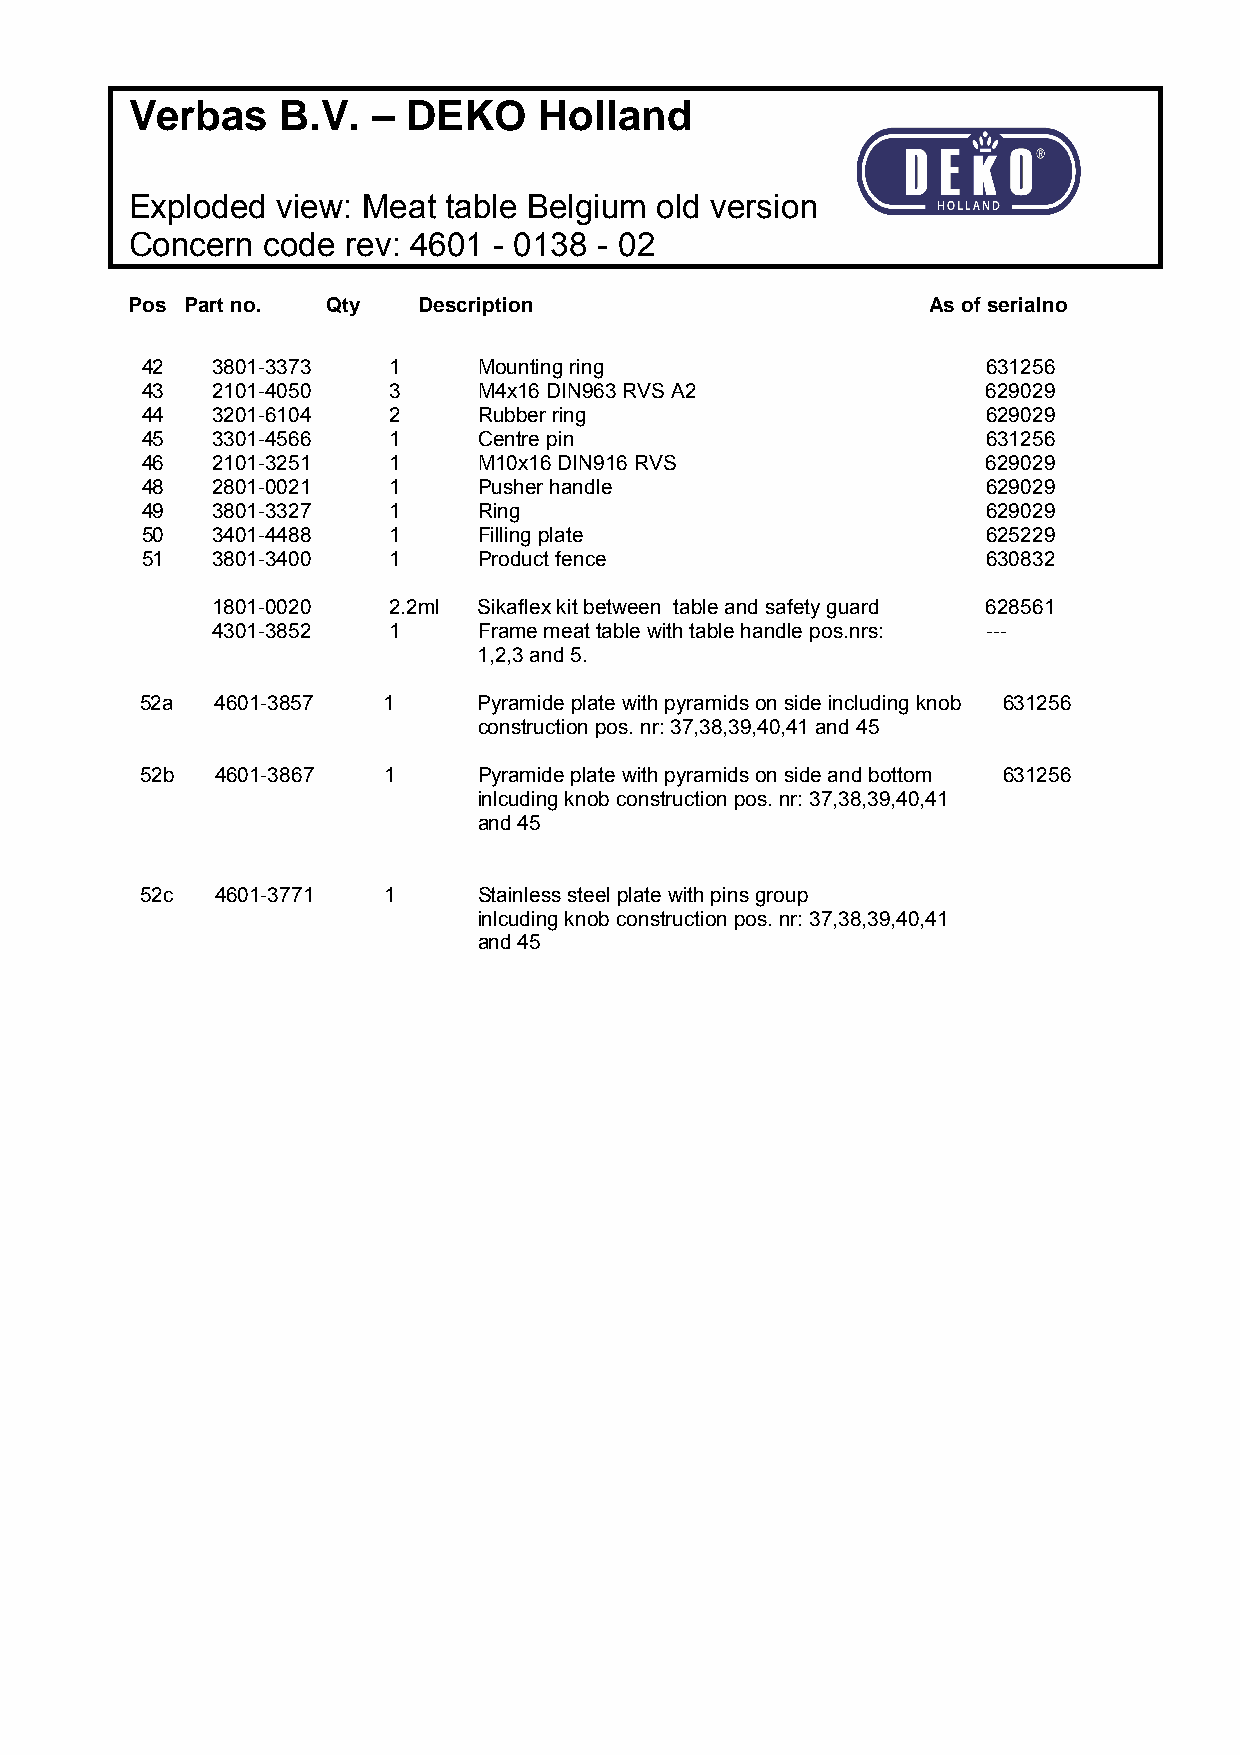
Verbas    B.V.  – DEKO     Holland
 Exploded view: Meat  table Belgium old version
 Concern code  rev: 4601 - 0138 - 02
 Pos Part no. Qty   Description                       As of serialno
 42   3801-3373   1     Mounting ring                    631256
 43   2101-4050   3     M4x16 DIN963 RVS A2              629029
 44   3201-6104   2     Rubber ring                      629029
 45   3301-4566   1     Centre pin                       631256
 46   2101-3251   1     M10x16 DIN916 RVS                629029
 48   2801-0021   1     Pusher handle                    629029
 49   3801-3327   1     Ring                             629029
 50   3401-4488   1     Filling plate                    625229
 51   3801-3400   1     Product fence                    630832
 1801-0020   2.2ml Sikaflex kit between table and safety guard 628561
 4301-3852   1     Frame meat table with table handle pos.nrs: ---
 1,2,3 and 5.
 52a  4601-3857  1      Pyramide plate with pyramids on side including knob 631256
 construction pos. nr: 37,38,39,40,41 and 45
 52b  4601-3867  1      Pyramide plate with pyramids on side and bottom 631256
 inlcuding knob construction pos. nr: 37,38,39,40,41
 and 45
 52c  4601-3771  1      Stainless steel plate with pins group
 inlcuding knob construction pos. nr: 37,38,39,40,41
 and 45